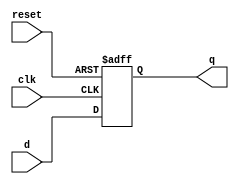
module PC #(parameter WIDTH=32)(
    input clk,reset,
    input [WIDTH-1:0] d,
    output reg[WIDTH-1:0] q
    );
    always @(posedge clk,posedge reset)
    if(reset)q<=0;
    else q<=d;
endmodule